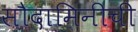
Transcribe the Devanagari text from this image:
सौदामिनीची